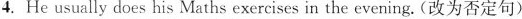
4.He usually does his Maths exercises in the evening.(改为否定句)